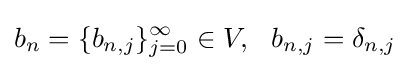
b_{n}=\{b_{n,j}\}_{j=0}^{\infty }\in V,\ \ b_{n,j}=\delta _{n,j}